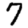
Digit: 7